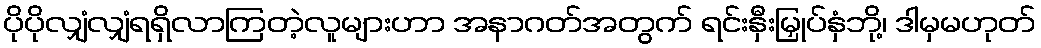
ပိုပိုလျှံလျှံရရှိလာကြတဲ့လူများဟာ အနာဂတ်အတွက် ရင်းနှီးမြှုပ်နှံဘို့၊ ဒါမှမဟုတ်